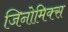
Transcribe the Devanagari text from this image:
जिनोमिक्स